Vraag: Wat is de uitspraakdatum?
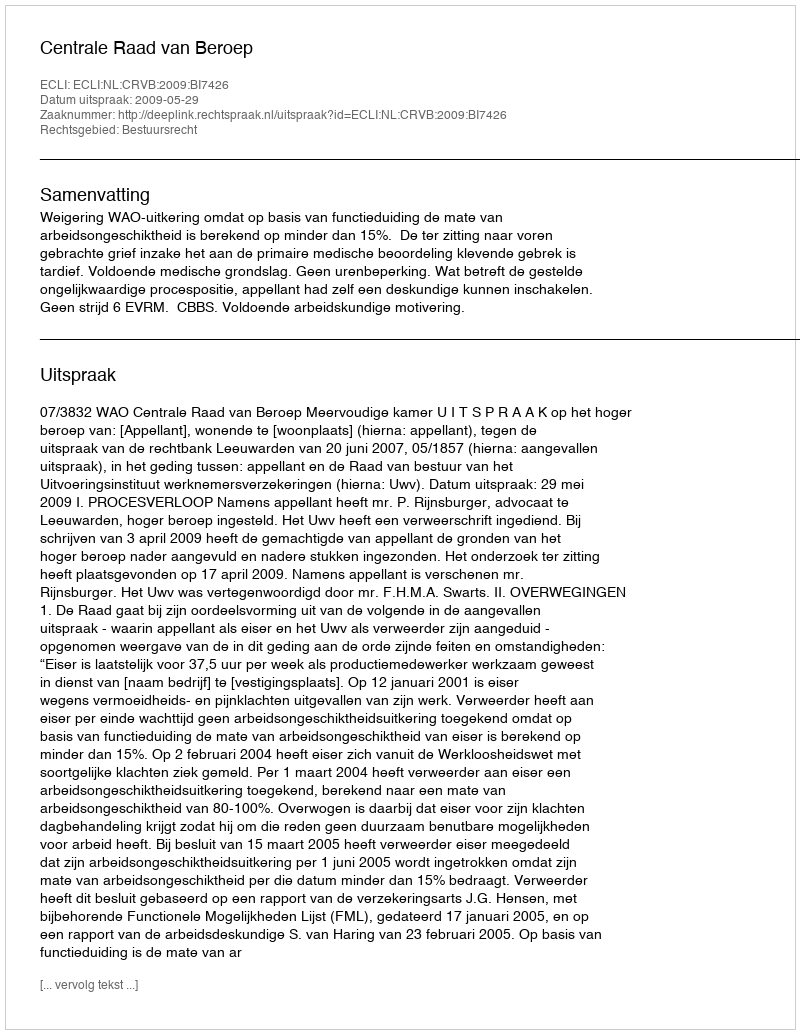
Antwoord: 2009-05-29